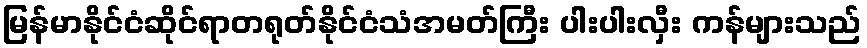
မြန်မာနိုင်ငံဆိုင်ရာတရုတ်နိုင်ငံသံအမတ်ကြီး ပါးပါးလှီး ကန်များသည်